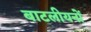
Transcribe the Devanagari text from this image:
बाटलीयनों